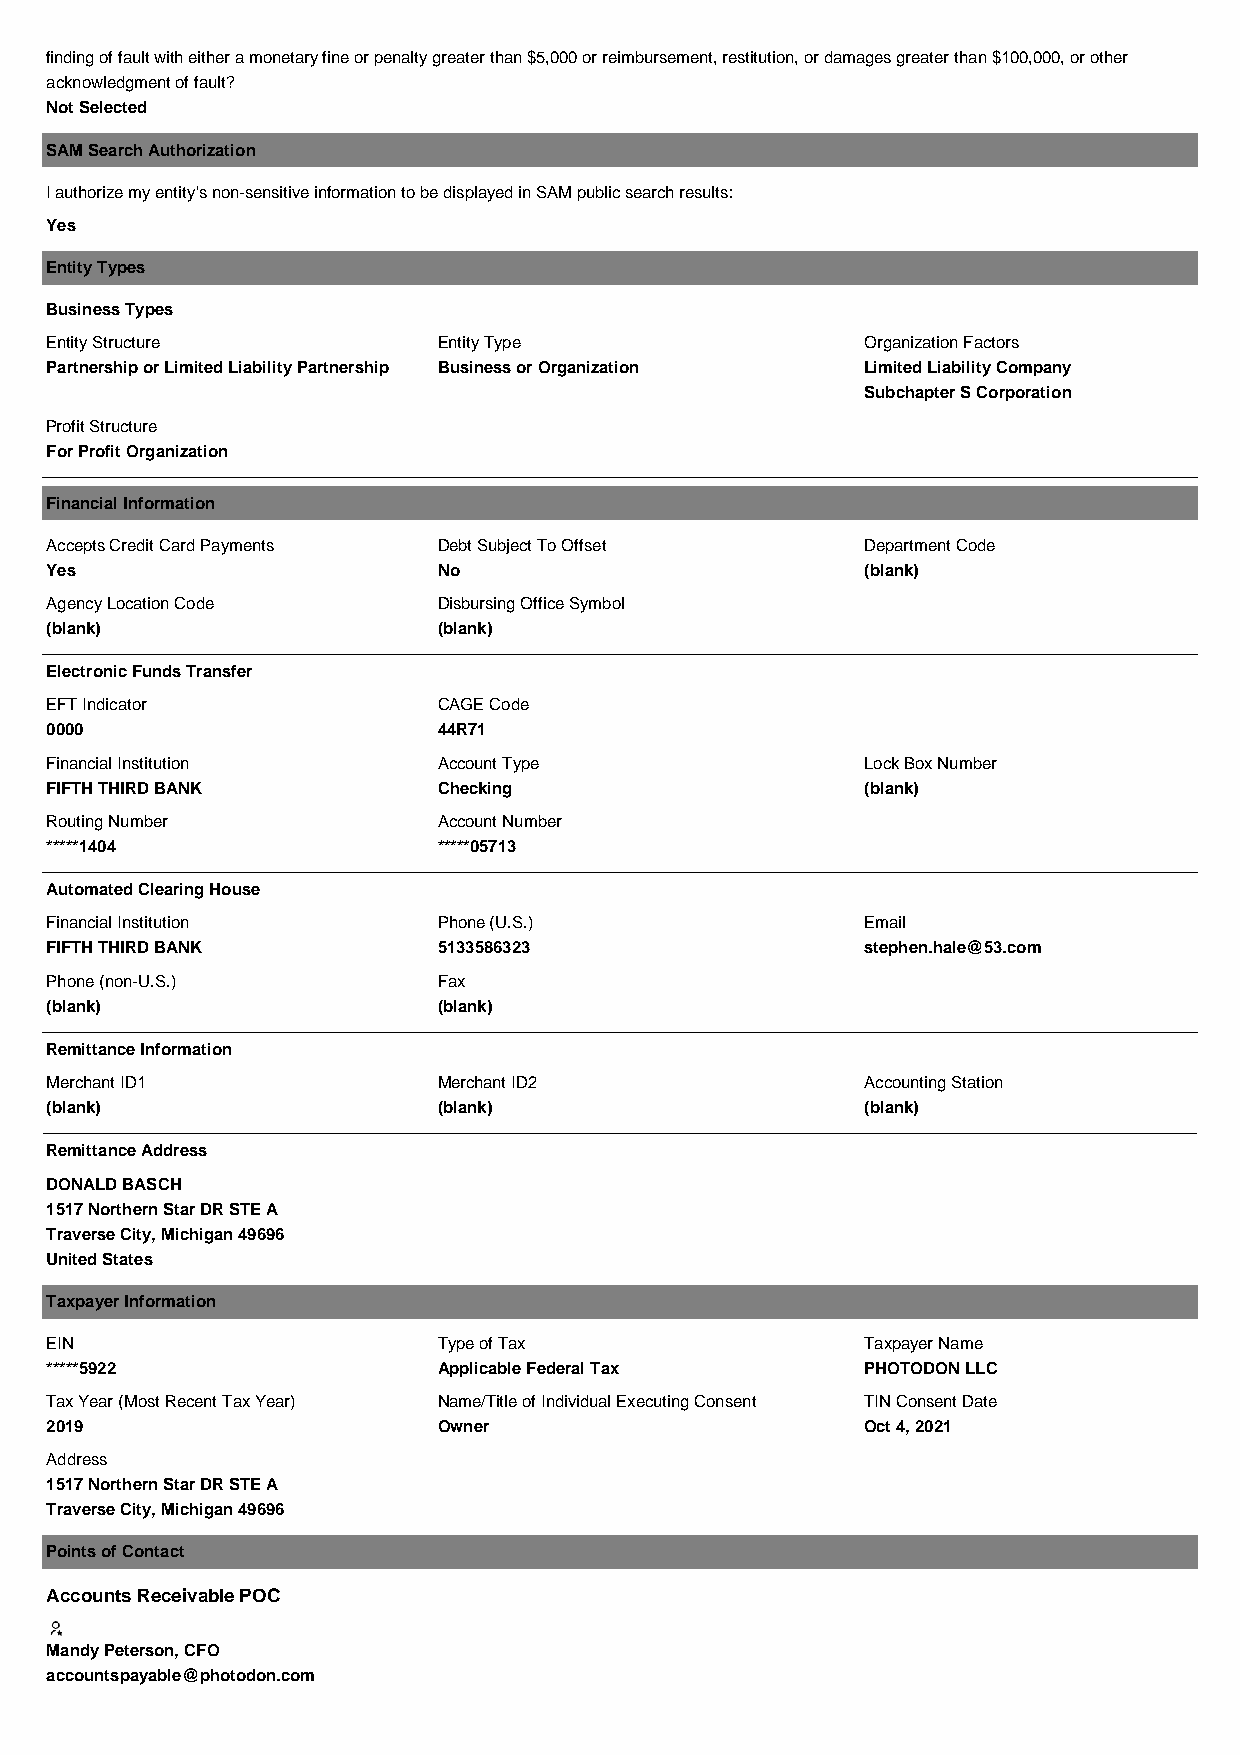
finding of fault with either a monetary fine or penalty greater than $5,000 or reimbursement, restitution, or damages greater than $100,000, or other
 acknowledgment of fault?
 Not Selected
 SAM Search Authorization
 I authorize my entity's non-sensitive information to be displayed in SAM public search results:
 Yes
 Entity Types
 Business Types
 Entity Structure          Entity Type                 Organization Factors
 Partnership or Limited Liability Partnership Business or Organization Limited Liability Company
 Subchapter S Corporation
 Profit Structure
 For Profit Organization
 Financial Information
 Accepts Credit Card Payments Debt Subject To Offset   Department Code
 Yes                       No                          (blank)
 Agency Location Code      Disbursing Office Symbol
 (blank)                   (blank)
 Electronic Funds Transfer
 EFT Indicator             CAGE Code
 0000                      44R71
 Financial Institution     Account Type                Lock Box Number
 FIFTH THIRD BANK          Checking                    (blank)
 Routing Number            Account Number
 *****1404                 *****05713
 Automated Clearing House
 Financial Institution     Phone (U.S.)                Email
 FIFTH THIRD BANK          5133586323                  stephen.hale@53.com
 Phone (non-U.S.)          Fax
 (blank)                   (blank)
 Remittance Information
 Merchant ID1              Merchant ID2                Accounting Station
 (blank)                   (blank)                     (blank)
 Remittance Address
 DONALD BASCH
 1517 Northern Star DR STE A
 Traverse City, Michigan 49696
 United States
 Taxpayer Information
 EIN                       Type of Tax                 Taxpayer Name
 *****5922                 Applicable Federal Tax      PHOTODON LLC
 Tax Year (Most Recent Tax Year) Name/Title of Individual Executing Consent TIN Consent Date
 2019                      Owner                       Oct 4, 2021
 Address
 1517 Northern Star DR STE A
 Traverse City, Michigan 49696
 Points of Contact
 Accounts Receivable POC
 Mandy Peterson, CFO
 accountspayable@photodon.com